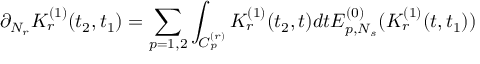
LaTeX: \partial _ { N _ { r } } K _ { r } ^ { ( 1 ) } ( t _ { 2 } , t _ { 1 } ) = \sum _ { p = 1 , 2 } \int _ { C _ { p } ^ { ( r ) } } K _ { r } ^ { ( 1 ) } ( t _ { 2 } , t ) d t E _ { p , N _ { s } } ^ { ( 0 ) } ( K _ { r } ^ { ( 1 ) } ( t , t _ { 1 } ) )